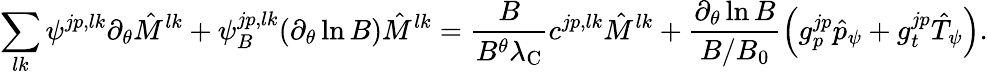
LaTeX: \sum_{lk}\psi^{jp,lk}\partial_{\theta}\hat{M}^{lk}+\psi_{B}^{jp,lk}(\partial_{\theta}\ln B)\hat{M}^{lk}=\frac{B}{B^{\theta}\lambda_{\mathrm{C}}}c^{jp,lk}\hat{M}^{lk}+\frac{\partial_{\theta}\ln B}{B/B_{0}}\left(g_{p}^{jp}\hat{p}_{\psi}+g_{t}^{jp}\hat{T}_{\psi}\right).